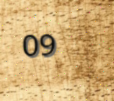
09